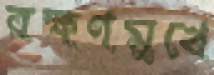
রক্ষণমুখে